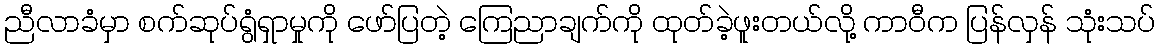
ညီလာခံမှာ စက်ဆုပ်ရွံရှာမှုကို ဖော်ပြတဲ့ ကြေညာချက်ကို ထုတ်ခဲ့ဖူးတယ်လို့ ကာဝီက ပြန်လှန် သုံးသပ်